Bombay plague: being a history of the progress of plague in the Bombay presidency from September 1896 to June 1899
Year: 1896
Disease focus: Plague
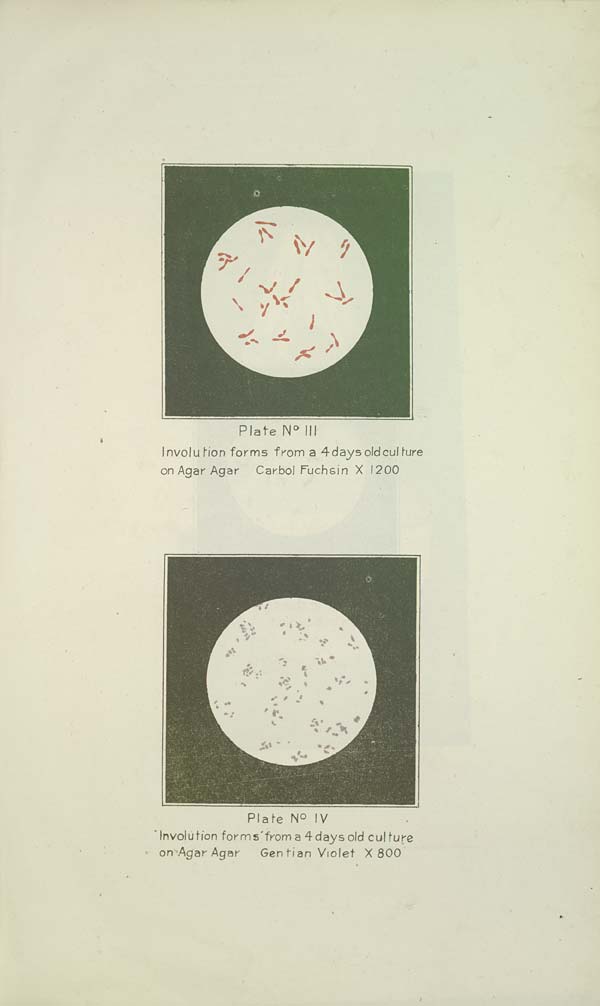
Plate No III
Involution forms from a 4 days old culture
on Agar Agar Carbol Fuchsin X 1200
Plate No IV
Involution forms from a 4 days old culture
on Agar Agar
Gentian Violet X 800